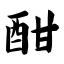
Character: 酣